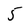
Character: 5